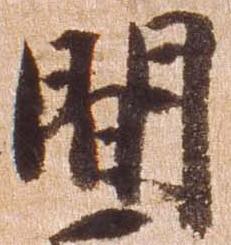
間